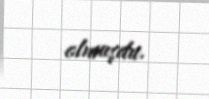
olmuşdu.